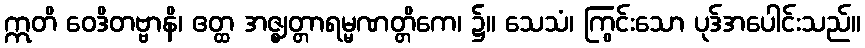
ဣတိ ဝေဒိတဗ္ဗာနိ၊ ဧတ္ထ အဇ္ဈတ္တာရမ္မဏတ္တိကေ၊ ၌။ သေသံ၊ ကြွင်းသော ပုဒ်အပေါင်းသည်။